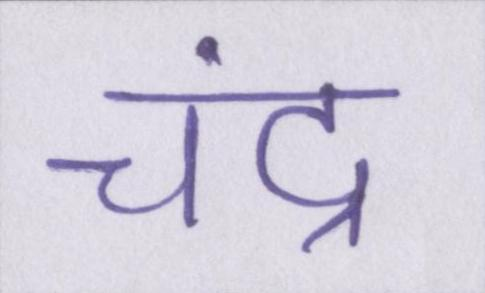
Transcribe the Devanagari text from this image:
चंद्र